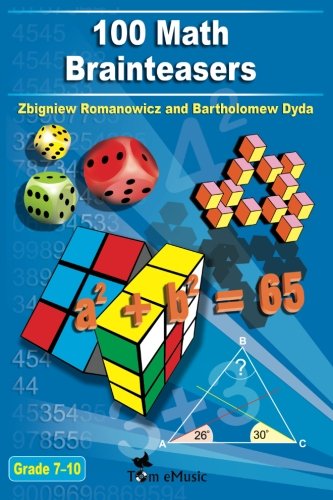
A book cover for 100 Math Brainteasers (Grade 7, 8, 9, 10). Arithmetic, Algebra and Geometry Brain Teasers, Puzzles, Games and Problems with Solutions: Math olympiad contest problems for elementary and middle schools; Zbigniew Romanowicz; Humor & Entertainment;